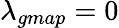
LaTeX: \lambda_{gmap}=0